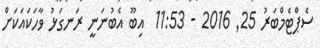
ސެޕްޓެމްބަރު 25